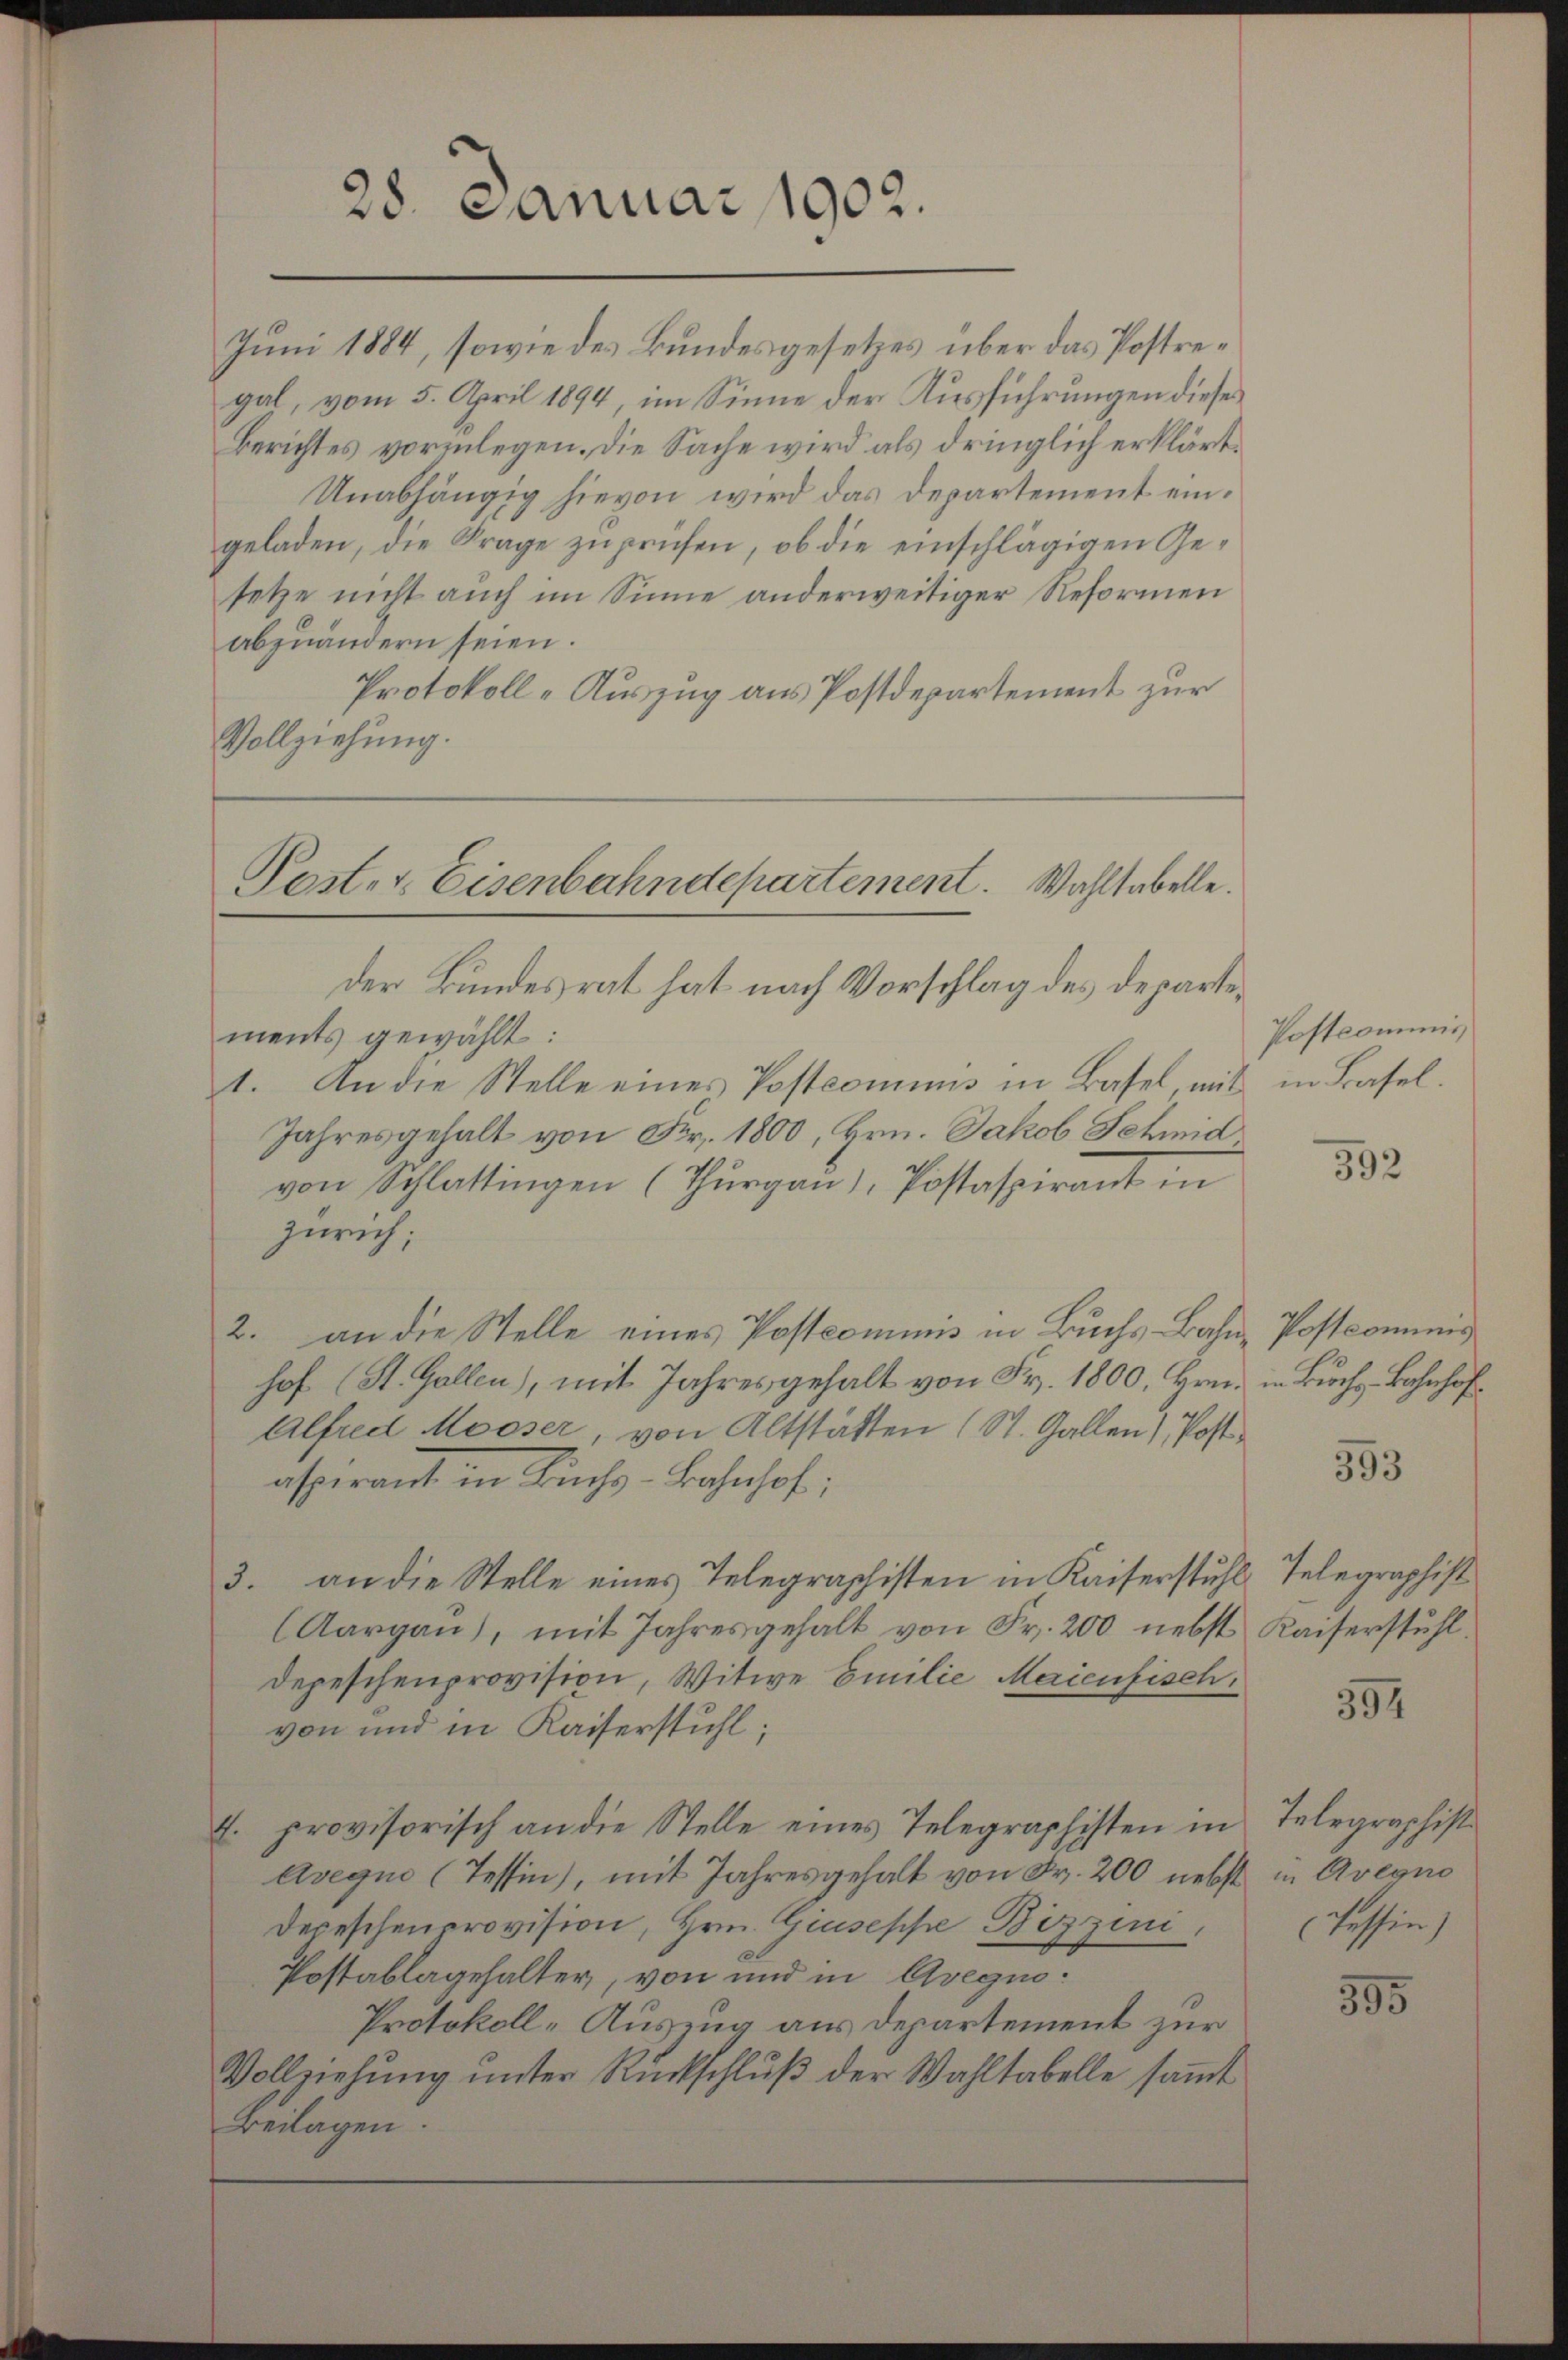
Juni 1884, sowie des Bundesgesetzes über das Postregal, vom 5. April 1894, im Sinne der Ausführungen diese
Berichtes vorlegen. Die Sache wird als dringlich erklärt.
Unabhängig hievon wird das Departement eingeladen, die Frage zu prüfen, ob die einschlägigen Gesetze nicht auch im Sinne anderweitiger Reformen
abzuändern seien.
Protokoll-Auszug aus Postdepartement zur
Vollziehung.

28. Januar 1902.

Post- & Eisenbahndepartement. Wahltabelle.

der Bundesrat hat nach Vorschlag des Departements gewählt:
1. An die Stelle eines Postcomins in Basel mit
Jahresgehalt von Fr. 1800, Hrn. Jakob Schmid
von Schlattingen (Thŭrgaŭ), Postaspirant in
Zürich;
2. an die Stelle eines Postcommis in Buchs Bahne Postcomung
hof (St. Gallen), mit Jahres gehalt von Fr. 1800, Hrn. in Buchs Bahnhof¬
Alfred Mooser, von Altstätten (St. Gallen), Postaspirant in Buchs-Bahnhof;
3. an die Stelle eines Telegraphisten in Kaiserstuhl, Telegraphist
(Aargau, mit Jahresgehalt von Fr. 200 nebst
Depeschenprovision, Witwe Emilie Maienfisch.
von und in Kaiserstuhl;
E. provisorisch an die Stelle eines Telegraphisten in
Avegu (Tessin), mit Jahresgehalt von Fr. 200 nebst
Depeschenprovision, Hrn. Giuseppe Bizzini
Postablagehalter, von und in Avegin
Protokoll-Auszug aus Departement zur
Vollziehŭng ŭnter Rückschlŭβ der Wahltabelle saṁt
Beilagen.

Postcommis
in Basel.

592

393

Kaiserstuhl.

394

Telegraphist
in Avegno
(Tessin)

395